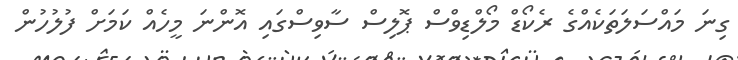
ގިނަ މައްސަލަތަކެއްގެ ރެކޯޑް މޯލްޑިވްސް ޕޮލިސް ސާވިސްގައި އޮންނަ މީހެއް ކަމަށް ފުލުހުން